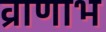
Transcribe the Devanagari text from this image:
व्राणाभ